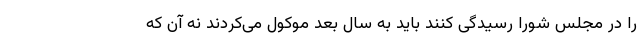
را در مجلس شورا رسیدگی کنند باید به سال بعد موکول می‌کردند نه آن که